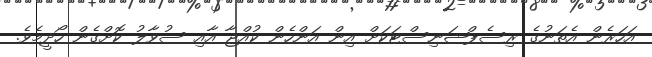
އަހަރެން އެތަނުގެ ރިސެޕްޝަނިސްޓަކަށް އިން އަންހެން ކުއްޖާ އާއި ސުވާލު ކޮށްގެން ހޯދީމެވެ.